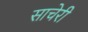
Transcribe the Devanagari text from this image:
साचेरी